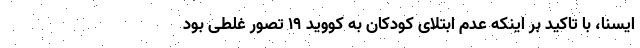
ایسنا، با تاکید بر اینکه عدم ابتلای کودکان به کووید 19 تصور غلطی بود